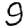
Digit: 9